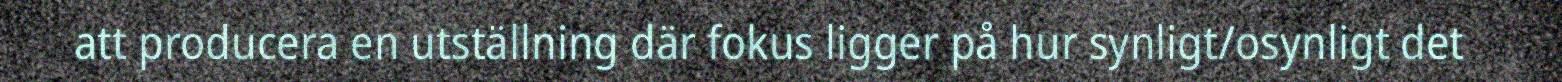
att producera en utställning där fokus ligger på hur synligt/osynligt det